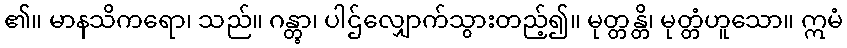
၏။ မာနသိကရော၊ သည်။ ဂန္တွာ၊ ပါဌ်လျှောက်သွားတည့်၍။ မုတ္တန္တိ၊ မုတ္တံဟူသော။ ဣမံ